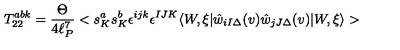
T _ { 2 2 } ^ { a b k } = \frac { \Theta } { 4 \ell _ { P } ^ { 7 } } < s _ { K } ^ { a } s _ { K } ^ { b } \epsilon ^ { i j k } \epsilon ^ { I J K } \langle W , \xi | \hat { w } _ { i I \Delta } ( v ) \hat { w } _ { j J \Delta } ( v ) | W , \xi \rangle >